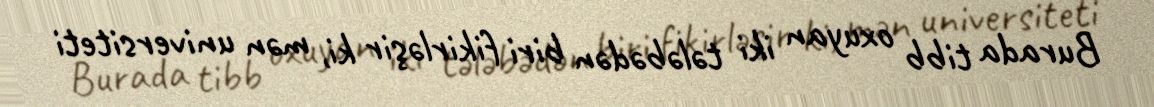
Burada tibb oxuyan iki tələbədən biri fikirləşir ki, mən universiteti